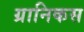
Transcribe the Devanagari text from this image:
ग्रानिकस